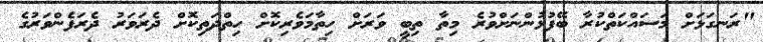
"ރަނގަޅަށް މަސައްކަތްކުރާ ބޭފުޅުންނަށްވުރެ މިތާ ތިބީ ވަރަށް ހިތާމަވެރިކޮށް ހިތްދަތިކޮށް ދެރަވަރު ދެރަފެންވަރުގެ